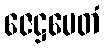
ဇေဋ္ဌမေတံ